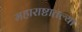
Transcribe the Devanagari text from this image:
महाराष्टातल्या